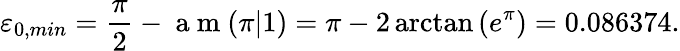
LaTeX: \varepsilon_{0,min}=\frac{\pi}{2}-\mathrm{~a~m~}(\pi|1)=\pi-2\arctan\left(e^{\pi}\right)=0.086374.